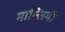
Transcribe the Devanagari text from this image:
मास्सिमी